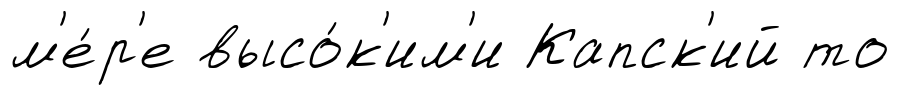
м'е́р'е высо́к'им'и Капск'ий то